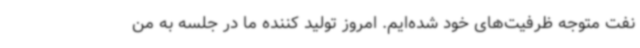
نفت متوجه ظرفیت‌های خود شده‌ایم. امروز تولید کننده ما در جلسه به من